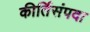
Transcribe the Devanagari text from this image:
कीर्तिसंपदा